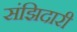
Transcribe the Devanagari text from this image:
संझिदारी